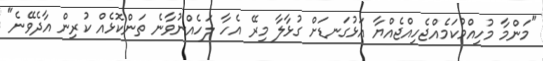
"މަންމާ މުހިއްމުކަމެއްޖެހިއްޖެއްޔާ އަޅުގަނޑަށް ގުޅާލާ މިރޭ އެހާ ލަހެއްނުވާނެ ތަންކޮޅެއް ކުރިން އާދެވޭނެ"